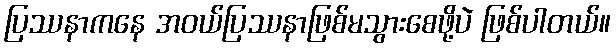
ပြဿနာကနေ အဝယ်ပြဿနာဖြစ်မသွားစေဖို့ပဲ ဖြစ်ပါတယ်။